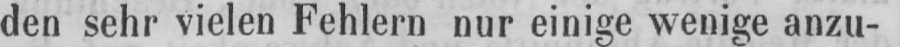
den sehr vielen Fehlern nur einige wenige anzu-